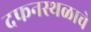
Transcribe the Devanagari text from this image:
दफनस्थळाचे